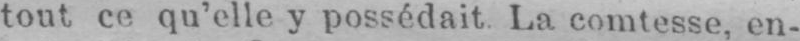
tout ce qu’elle y possédait La comtesse, en-